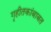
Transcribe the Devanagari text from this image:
गृहीतकांबाबत